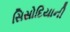
સિસોદિયાની